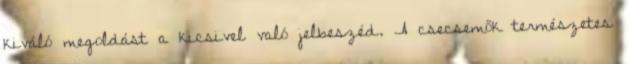
kiváló megoldást a kicsivel való jelbeszéd. A csecsemők természetes